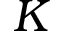
K